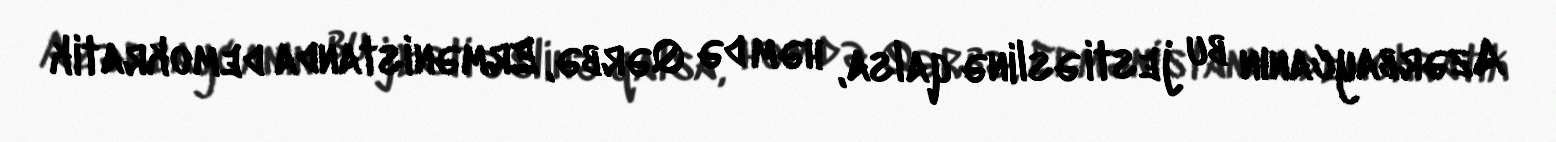
Azərbaycanın bu jesti əslinə qalsa, həm də Qərbə, Ermənistanda demokratik